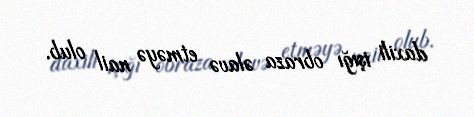
daxili işığı obraza əlavə etməyə nail olub.